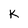
Character: K